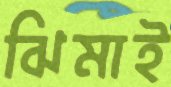
ঝিমাই